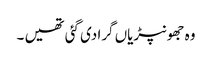
وہ جھونپڑیاں گرا دی گئی تھیں ۔